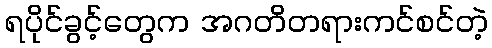
ရပိုင်ခွင့်တွေက အဂတိတရားကင်စင်တဲ့